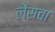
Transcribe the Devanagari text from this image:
लेंसचा